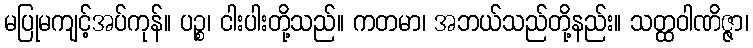
မပြုမကျင့်အပ်ကုန်။ ပဉ္စ၊ ငါးပါးတို့သည်။ ကတမာ၊ အဘယ်သည်တို့နည်း။ သတ္ထဝါဏိဇ္ဇာ၊